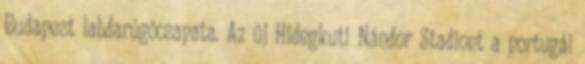
Budapest labdarúgócsapata. Az új Hidegkuti Nándor Stadiont a portugál